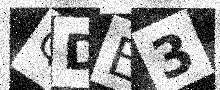
Text: QDE3